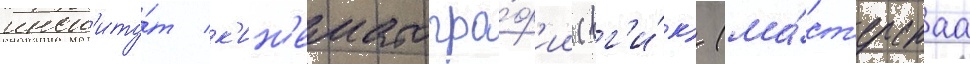
инст'иту́т к'ин'ематогра́ф'ии (вг'и́к) (ма́ст'ерскаа